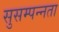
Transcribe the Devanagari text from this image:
सुसम्पन्नता